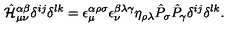
\hat { \cal H } _ { \mu \nu } ^ { \alpha \beta } \delta ^ { i j } \delta ^ { l k } = \epsilon _ { \mu } ^ { \alpha \rho \sigma } \epsilon _ { \nu } ^ { \beta \lambda \gamma } \eta _ { \rho \lambda } \hat { P } _ { \sigma } \hat { P } _ { \gamma } \delta ^ { i j } \delta ^ { l k } .